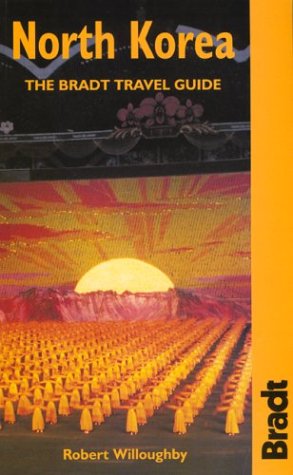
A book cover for North Korea: The Bradt Travel Guide; Robert Willoughby; Travel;